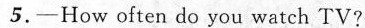
5.-How often do you watch TV?